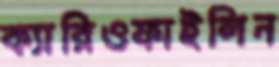
ক্যারিওফাইলিন